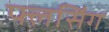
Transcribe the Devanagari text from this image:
फ्लसिंग